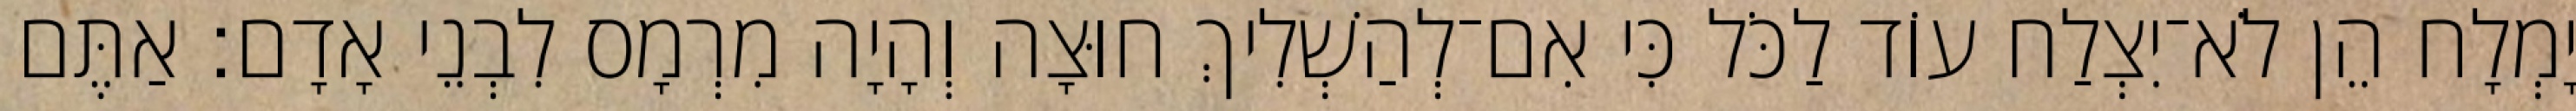
יָמְלָח הֵן לֹא־יִצְלַח עוֹד לַכֹּל כִּי אִם־לְהַשְׁלִיךְ חוּצָה וְהָיָה מִרְמָס לִבְנֵי אָדָם׃ אַתֶּם